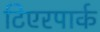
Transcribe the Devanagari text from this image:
टिएरपार्क